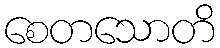
စေတသောတိ